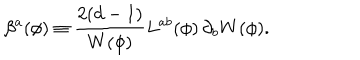
LaTeX: \beta ^ { a } ( \phi ) \equiv { \frac { 2 ( d - 1 ) } { W ( \phi ) } } L ^ { a b } ( \phi ) \, \partial _ { b } W ( \phi ) .